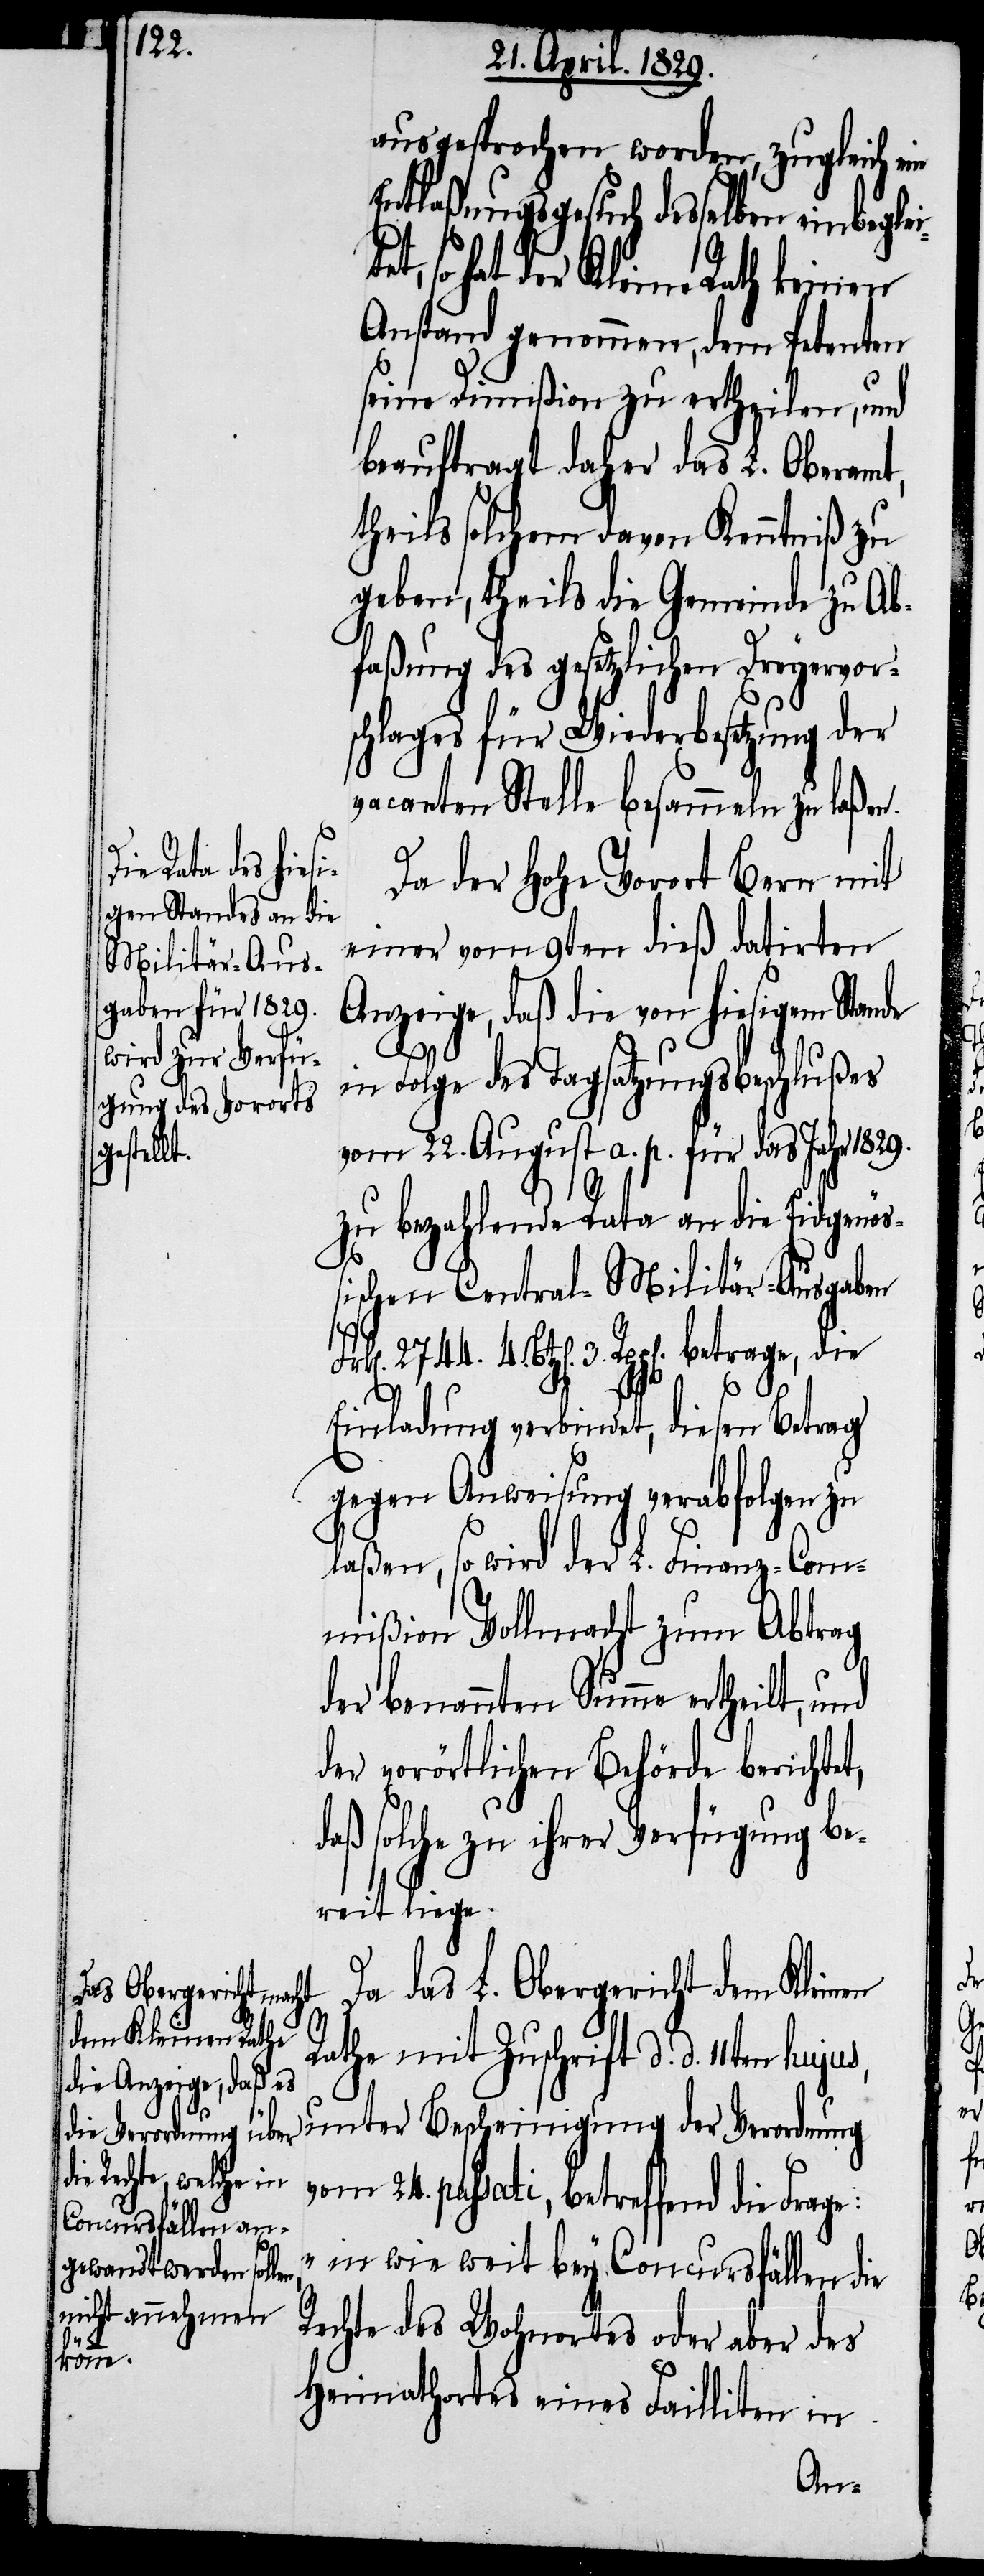
ausgesprochen worden, zugleich ein
Entlaßungsgesuch desselben einbegle¬
so hat der Kleine Rath keinen
Anstand genommen, dem Petenten
seine Dimißion zu ertheilen, und
beauftragt daher das L. Oberamt,
theils solchem davon Kenntniß zu
geben, theils die Gemeinde zu Ab¬
faßung des gesetzlichen Dreyervor¬
schlages für Wiederbesetzung der
vacanten Stelle besammeln zu laßen.
der Verordnung
Da der Hohe Vorort Bern mit
einer vom 9ten dieß datirten
Anzeige, daß die von hiesigem Stan¬
e:
in Folge des Tagsatzungsbeschlußes
vom 22. August a. p. für das Jahr 1829.
zu bezahlende Rata an die Eidgenöß¬
ischen Central-Militär-Ausgaben
Btz[en]. 3. Rpp[en]. betrage, die
Einladung verbindet, diesen Betrag
gegen Anweisung verabfolgen zu
laßen, so wird der L. Finanz-Com¬
mißion Vollmacht zum Abtrag
der benannten Summe ertheilt, und
der vorörtlichen Behörde berichtet,
daß solche zu ihrer Verfügung be¬
reit liege.
Da das L. Obergericht dem Kleinen
Rathe mit Zuschrift d. d. 11ten
vom 24. passati, betreffend die Frag¬
„in wie weit bey Concursfällen die
Rechte des Wohnortes oder aber des
4.
Heimathortes eines Failliten in